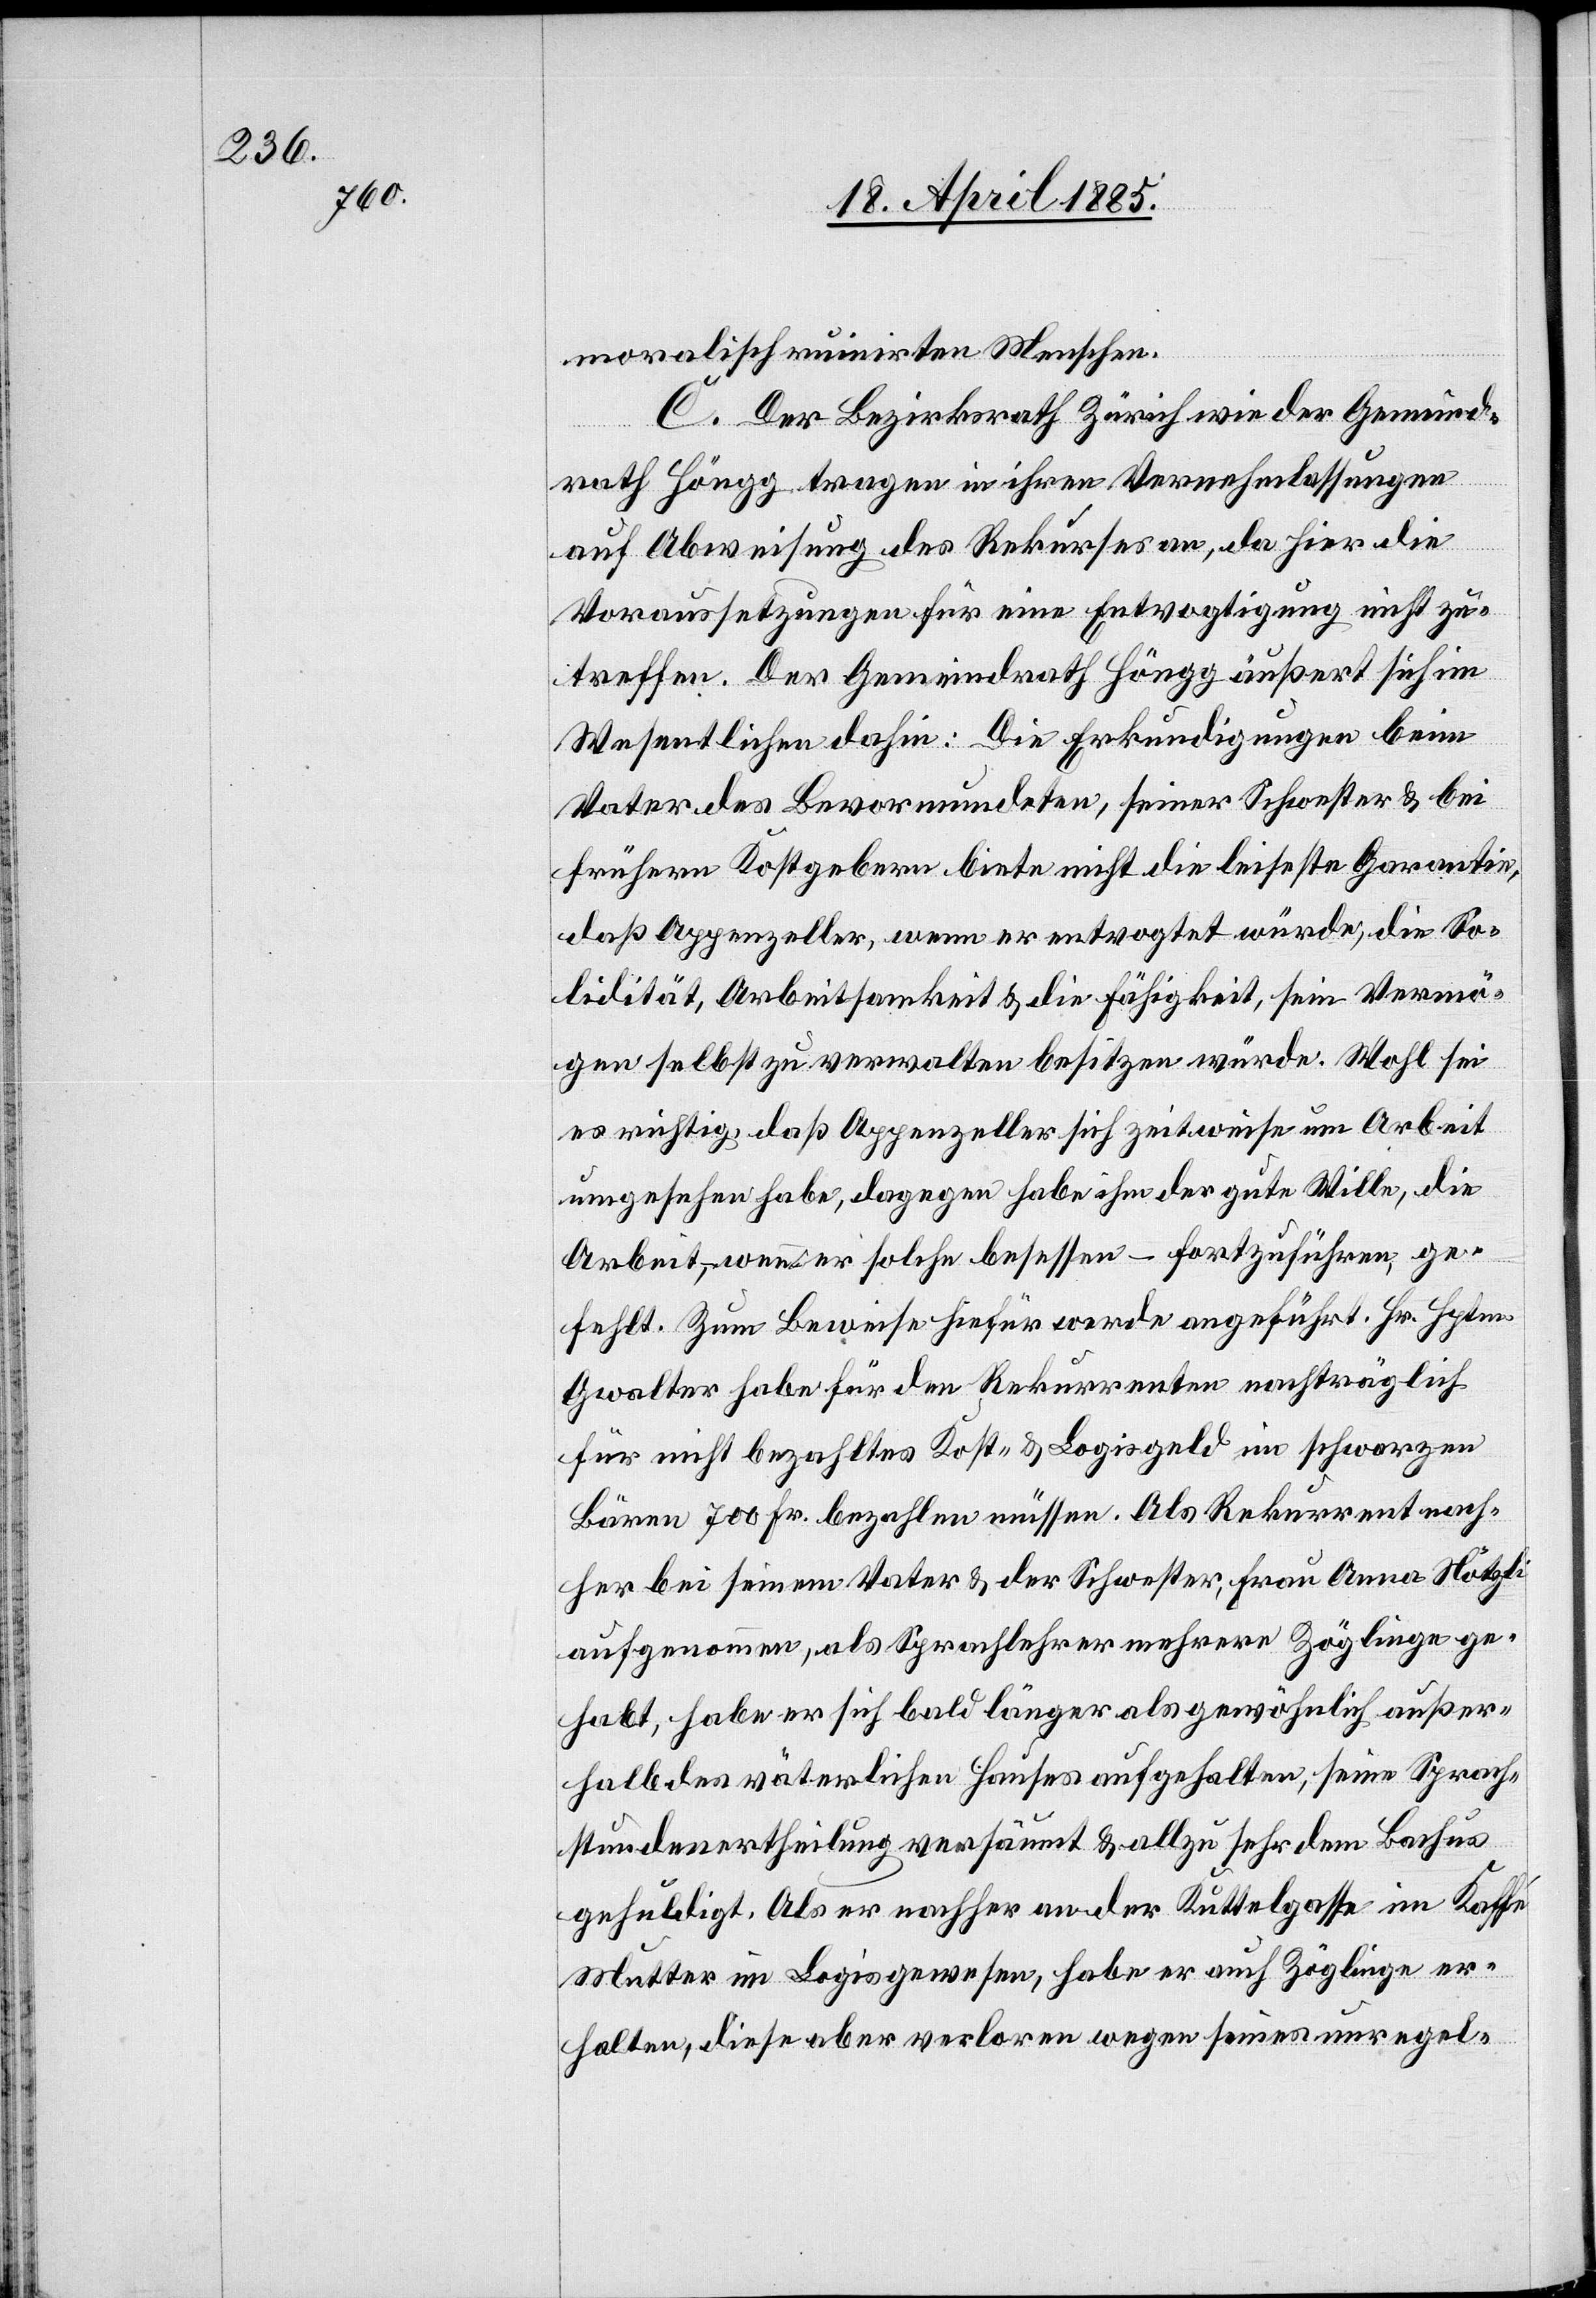
moralisch ruinirten Menschen.
C. Der Bezirksrath Zürich wie der Gemeind¬
rath Höngg tragen in ihrer Vernehmlassungen
auf Abweisung des Rekurses an, da hier die
Voraussetzungen für eine Entvogtigung nicht zu¬
treffen. Der Gemeindrath Höngg äußert sich im
Wesentlichen dahin: Die Erkundigungen beim
Vater des Bevormundeten, seiner Schwester & bei
frühern Kostgebern biete nicht die leiseste Garantie,
daß Appenzeller, wenn er entvogtet würde, die So¬
lidität, Arbeitsamkeit & die Fähigkeit, sein Vermö¬
gen selbst zu verwalten besitzen würde. Wohl sei
es richtig, daß Appenzeller sich zeitweise um Arbeit
umgesehen habe, dagegen habe ihm der gute Wille, die
Arbeit, – wenn er solche besessen – fortzuführen, ge¬
fehlt. Zum Beweise hiefür werde angeführt, Hr. Hptm.
Gwalter habe für den Rekurrenten nachträglich
für nicht bezahltes Kost- & Logisgeld im schwarzen
Bären 700 Fr. bezahlen müssen. Als Rekurrent nach¬
her bei seinem Vater & der Schwester, Frau Anna Nötzli
aufgenommen, als Sprachlehrer mehrere Zöglinge ge¬
habt, habe er sich bald länger als gewöhnlich außer¬
halb des väterlichen Hauses aufgehalten, seine Sprach¬
stundenertheilung versäumt & allzu sehr dem Bachus
gehuldigt. Als er nachher an der Kuttelgasse im Kaffé
Mutter in Logis gewesen, habe er auch Zöglinge er¬
halten, diese aber verloren wegen seines unregel-